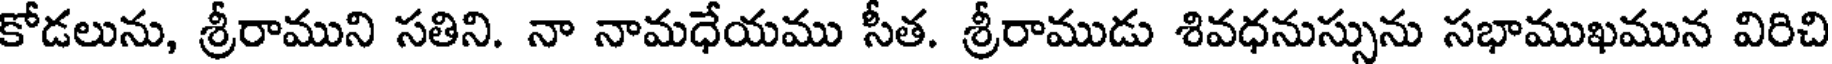
కోడలును, శ్రీరాముని సతిని. నా నామధేయము సీత. శ్రీరాముడు శివధనుస్సును సభాముఖమున విరిచి